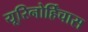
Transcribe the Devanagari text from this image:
यूरिनोर्हिंचास